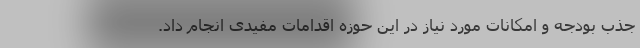
جذب بودجه و امکانات مورد نیاز در این حوزه اقدامات مفیدی انجام داد.